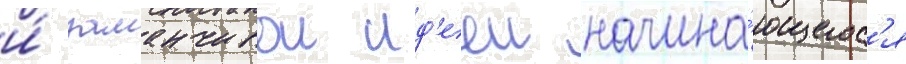
и́ заманчивои ид'ееи начина́ющегос'я